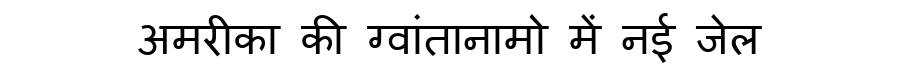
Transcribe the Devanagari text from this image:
अमरीका की ग्वांतानामो में नई जेल